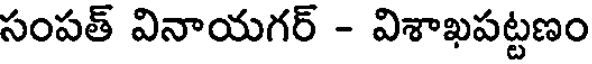
సంపత్ వినాయగర్ - విశాఖపట్టణం